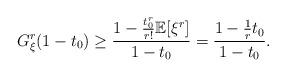
LaTeX: \begin{align*}G_\xi^r(1-t_0) \geq \frac{1-\frac{t_0^r}{r!}\mathbb{E}[\xi^r]}{1-t_0} = \frac{1-\frac{1}{r}t_0}{1-t_0}.\end{align*}